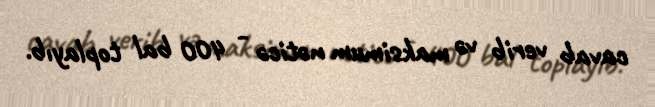
cavab verib və maksimum nəticə - 400 bal toplayıb.